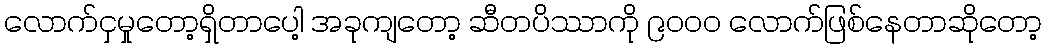
လောက်ငှမှုတော့ရှိတာပေါ့ အခုကျတော့ ဆီတပိဿာကို ၉၀၀၀ လောက်ဖြစ်နေတာဆိုတော့